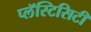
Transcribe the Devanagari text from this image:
प्लॅस्टिसिटी